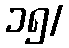
၁၅/